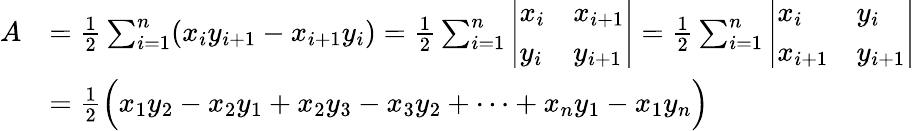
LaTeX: {\begin{array}{rl}{A}&{={\frac{1}{2}}\sum_{i=1}^{n}(x_{i}y_{i+1}-x_{i+1}y_{i})={\frac{1}{2}}\sum_{i=1}^{n}{\left|\begin{array}{ll}{x_{i}}&{x_{i+1}}\\ {y_{i}}&{y_{i+1}}\end{array}\right|}={\frac{1}{2}}\sum_{i=1}^{n}{\left|\begin{array}{ll}{x_{i}}&{y_{i}}\\ {x_{i+1}}&{y_{i+1}}\end{array}\right|}}\\ &{={\frac{1}{2}}{\Big(}x_{1}y_{2}-x_{2}y_{1}+x_{2}y_{3}-x_{3}y_{2}+\cdots+x_{n}y_{1}-x_{1}y_{n}{\Big)}}\end{array}}